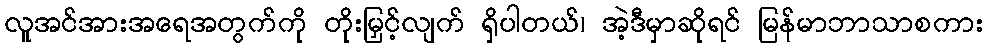
လူအင်အားအရေအတွက်ကို တိုးမြှင့်လျက် ရှိပါတယ်၊ အဲ့ဒီမှာဆိုရင် မြန်မာဘာသာစကား